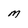
Character: m